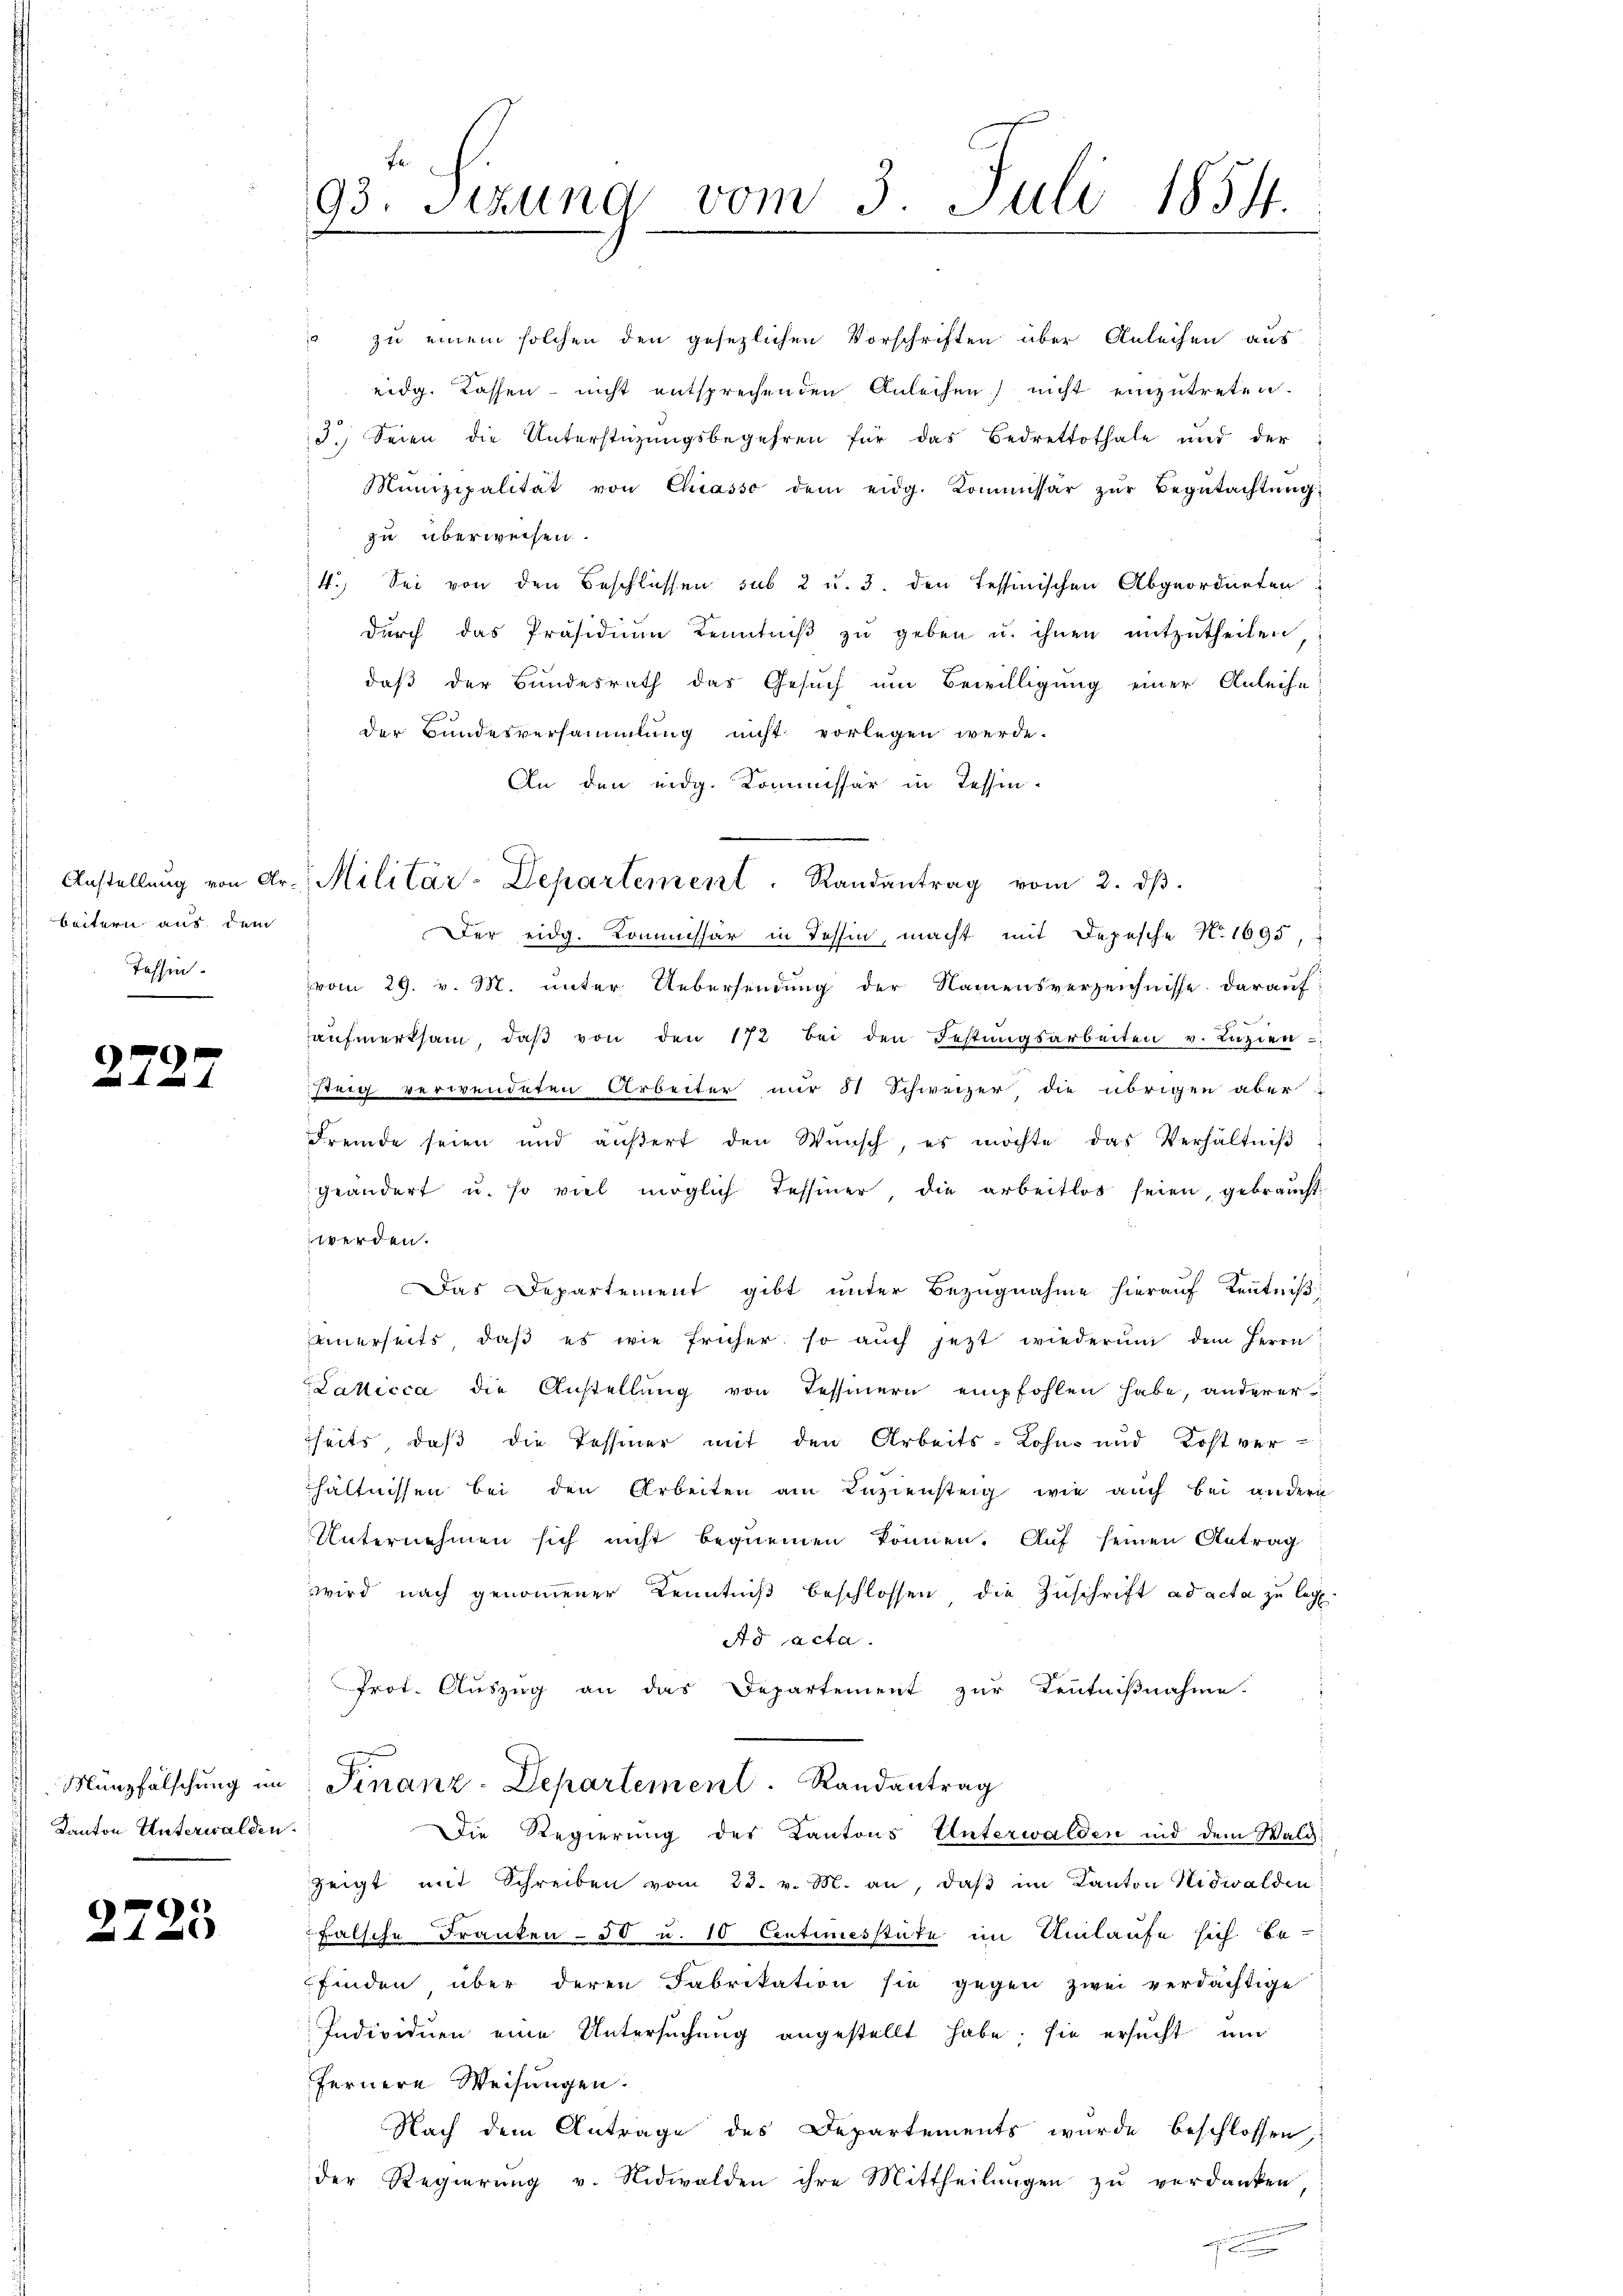
Seitern aus dem
Tessin.

2727

Kanton Unterwalden.

2723

zu einem solchen den gesezlichen Vorschriften über Anleihen aus
eidg. Kassen - nicht entsprechenden Anleihen) nicht einzutreten.
3. Seien die Unterstützŭngsbegehren für das Bedrettothale und der
Munizipalität von Chiasso dem eidg. Kommissär zŭr Begŭtachtŭng.
zu überweisen.
4.) Sei von den Beschlüssen sub 2 u. 3. den Tessinischen Abgeordneten
dŭrch das Präsidium Kenntniβ zŭ geben u. ihnen mitzŭtheilen
daß der Bundesrath das Gesuch um Bewilligung einer Anleihe
der Bundesversammlung nicht vorlegen werde.
An den eidg. Kommissär in Tessin-
Der eidg. Kommissär in Tessin, macht mit Depesche K. 1695,
vom 29. v. M. unter Uebersendung der Namensverzeichnisse. Darauf
aŭfmerksam, daβ von den 172 bei den Festungsarbeiten v. Lazien
rnig verwendeten Arbeiter nur 81 Schweizer die übrigen aber
fremde seien und aŭβert den Wŭnsch, es möchte das Verhältniβ
geändert u. so viel möglich Tessiner, die arbeitlos seien, gebraucht
werden.
Das Departement gibt unter Bezugnahme hierauf Kenntniß
einerseits, daß es wie früher so auch jezt wiederum dem Herrn
Zallicca die Anstellŭng von Tessinern empfohlen habe, anderer
seits, daß die Tessiner mit den Arbeits-Lohne und Kost verhältnissen bei den Arbeiten am Laziensteig, wie auch bei andern
Unternehmen sich nicht bequemen können. Auf seinen Antrag
wird nach genoṁener Kenntniβ beschlossen die Zŭschrift ad acta zu legt.
Ad acta.
Prot. Auszug an das Departement zur Kenntnißnahme.
Münzfälschung im Finanz-Departement. Randantrag
Die Regierung des Kantons Unterwalden und dem Waldzeigt mit Schreiben vom 23. v. M. an, daß im Kanton Nidwalden
Falsche Franken - 50 u. 10 Centimesstute im Umlaufe sich be-
finden über deren Fabrikation sie gegen zwei verdächtige
Individuen eine Untersuchung angestellt habe, sie ersucht um
fernere Weisungen.
Nach dem Antrage des Departements wurde beschlossen,
der Regierung v. Nidwalden ihre Mittheilungen zu verdanken

fe
93. Sizung vom 3. Juli 1854.

Anstellŭng von Dr. Militär-Departement. Randantrag vom 2. dβ.